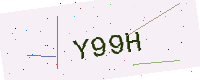
Text: Y99H